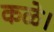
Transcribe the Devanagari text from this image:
कळे।